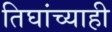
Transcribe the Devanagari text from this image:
तिघांच्याही